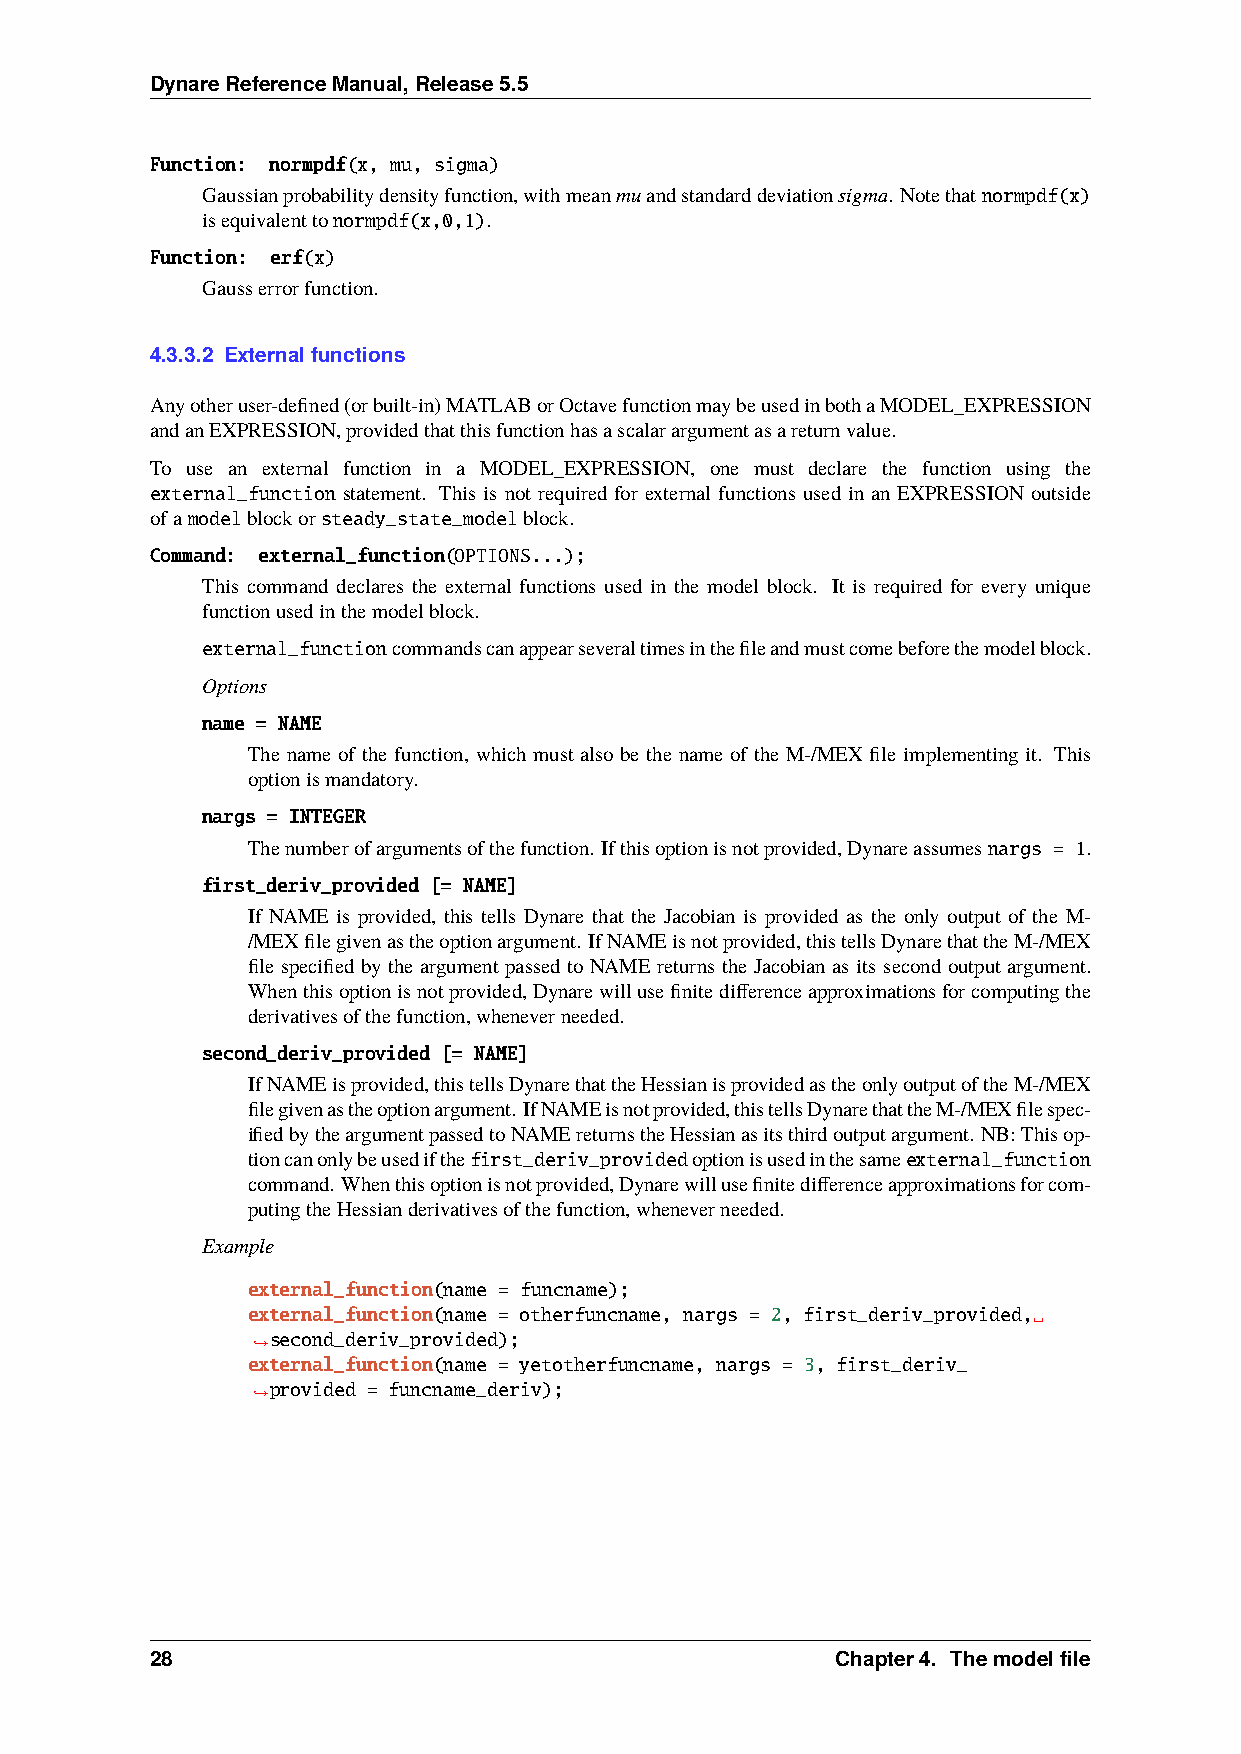
DynareReferenceManual,Release5.5
 Function: normpdf(x, mu, sigma)
 Gaussianprobabilitydensityfunction,withmeanmuandstandarddeviationsigma. Notethatnormpdf(x)
 isequivalenttonormpdf(x,0,1).
 Function: erf(x)
 Gausserrorfunction.
 4.3.3.2 Externalfunctions
 Anyotheruser-defined(orbuilt-in)MATLABorOctavefunctionmaybeusedinbothaMODEL_EXPRESSION
 andanEXPRESSION,providedthatthisfunctionhasascalarargumentasareturnvalue.
 To use an external function in a MODEL_EXPRESSION, one must declare the function using the
 external_function statement. This is not required for external functions used in an EXPRESSION outside
 ofamodelblockorsteady_state_modelblock.
 Command: external_function(OPTIONS...);
 This command declares the external functions used in the model block. It is required for every unique
 functionusedinthemodelblock.
 external_functioncommandscanappearseveraltimesinthefileandmustcomebeforethemodelblock.
 Options
 name = NAME
 The name of the function, which must also be the name of the M-/MEX file implementing it. This
 optionismandatory.
 nargs = INTEGER
 Thenumberofargumentsofthefunction. Ifthisoptionisnotprovided,Dynareassumesnargs = 1.
 first_deriv_provided [= NAME]
 If NAME is provided, this tells Dynare that the Jacobian is provided as the only output of the M-
 /MEXfilegivenastheoptionargument. IfNAMEisnotprovided,thistellsDynarethattheM-/MEX
 file specified by the argument passed to NAME returns the Jacobian as its second output argument.
 Whenthisoptionisnotprovided,Dynarewillusefinitedifferenceapproximationsforcomputingthe
 derivativesofthefunction,wheneverneeded.
 second_deriv_provided [= NAME]
 IfNAMEisprovided,thistellsDynarethattheHessianisprovidedastheonlyoutputoftheM-/MEX
 filegivenastheoptionargument. IfNAMEisnotprovided,thistellsDynarethattheM-/MEXfilespec-
 ifiedbytheargumentpassedtoNAMEreturnstheHessianasitsthirdoutputargument. NB:Thisop-
 tioncanonlybeusedifthefirst_deriv_providedoptionisusedinthesameexternal_function
 command. Whenthisoptionisnotprovided,Dynarewillusefinitedifferenceapproximationsforcom-
 putingtheHessianderivativesofthefunction,wheneverneeded.
 Example
 external_function(name = funcname);
 external_function(name = otherfuncname, nargs = 2, first_deriv_provided,␣
 second_deriv_provided);
 ˓→
 external_function(name = yetotherfuncname, nargs = 3, first_deriv_
 provided = funcname_deriv);
 ˓→
 28                                           Chapter4. Themodelfile